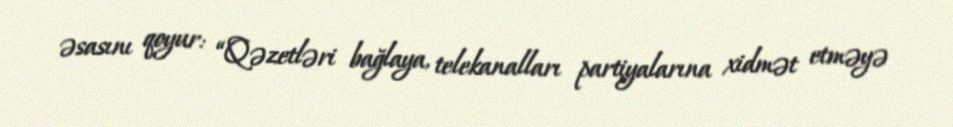
əsasını qoyur: “Qəzetləri bağlaya, telekanalları partiyalarına xidmət etməyə